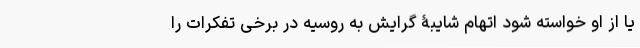
یا از او خواسته شود اتهام شایبۀ گرایش به روسیه در برخی تفکرات را